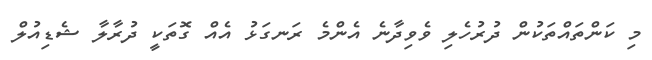
މި ކަންތައްތަކުން ދުރުހެލި ވެވިދާނެ އެންމެ ރަނގަޅު އެއް ގޮތަކީ ދުރާލާ ޝެޑިއުލް